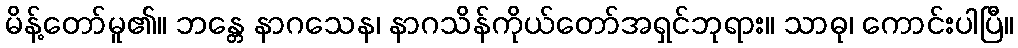
မိန့်တော်မူ၏။ ဘန္တေ နာဂသေန၊ နာဂသိန်ကိုယ်တော်အရှင်ဘုရား။ သာဓု၊ ကောင်းပါပြီ။